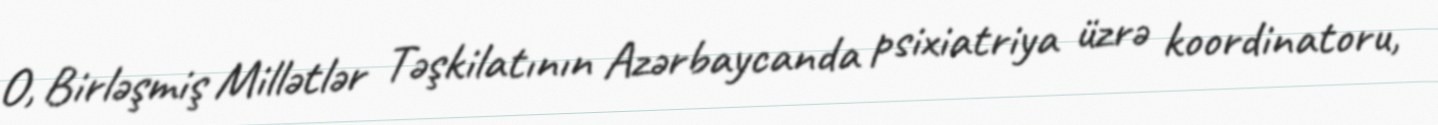
O, Birləşmiş Millətlər Təşkilatının Azərbaycanda psixiatriya üzrə koordinatoru,